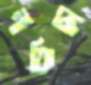
নাফিছা